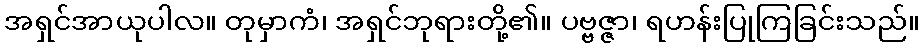
အရှင်အာယုပါလ။ တုမှာကံ၊ အရှင်ဘုရားတို့၏။ ပဗ္ဗဇ္ဇာ၊ ရဟန်းပြုကြခြင်းသည်။